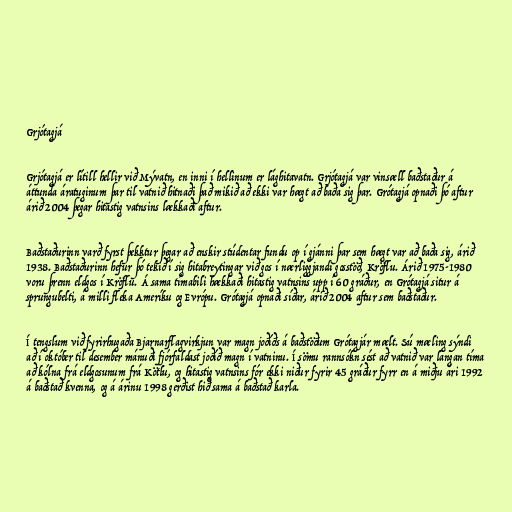
Grjótagjá

Grjótagjá er lítill hellir við Mývatn, en inni í hellinum er lághitavatn. Grjótagjá var vinsæll baðstaður á
áttunda áratuginum þar til vatnið hitnaði það mikið að ekki var hægt að baða sig þar. Grótagjá opnaði þó aftur
árið 2004 þegar hitastig vatnsins lækkaði aftur.

Baðstaðurinn varð fyrst þekktur þegar að enskir stúdentar fundu op í gjánni þar sem hægt var að baða sig, árið
1938. Baðstaðurinn hefur þó tekið í sig hitabreytingar við gos í nærliggjandi gosstöð, Kröflu. Árið 1975-1980
voru þrenn eldgos í Kröflu. Á sama tímabili hækkaði hitastig vatnsins upp í 60 gráður, en Grótagjá situr á
sprungubelti, á milli fleka Ameríku og Evrópu. Grótagjá opnaði síðar, árið 2004 aftur sem baðstaður.

Í tengslum við fyrirhugaða Bjarnarflagvirkjun var magn joðíðs á baðstöðum Grótagjár mælt. Sú mæling sýndi
að í október til desember mánuði fjórfaldast joðíð magn í vatninu. Í sömu rannsókn sést að vatnið var langan tíma
að kólna frá eldgosunum frá Kötlu, og hitastig vatnsins fór ekki niður fyrir 45 gráður fyrr en á miðju ári 1992
á baðstað kvenna, og á árinu 1998 gerðist hið sama á baðstað karla.